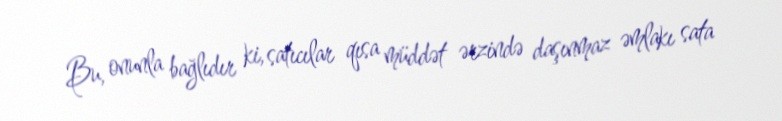
Bu, onunla bağlıdır ki, satıcılar qısa müddət ərzində daşınmaz əmlakı sata